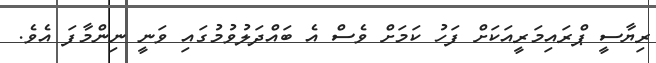
ރިޔާސީ ޕްރައިމަރީއަކަށް ފަހު ކަމަށް ވެސް އެ ބައްދަލުވުމުގައި ވަނީ ނިންމާފަ އެވެ.